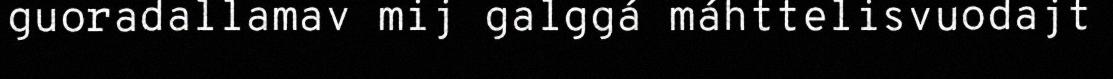
guoradallamav mij galggá máhttelisvuodajt